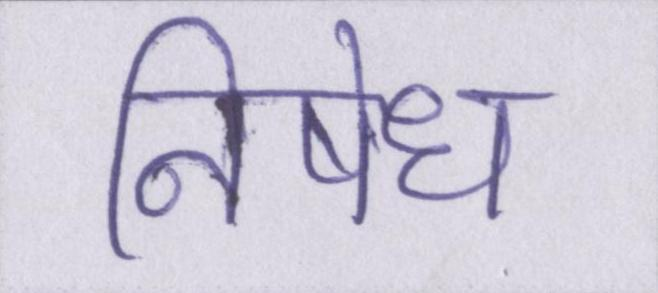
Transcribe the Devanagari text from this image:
निषेध